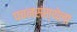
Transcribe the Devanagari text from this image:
पचनसंस्थेला